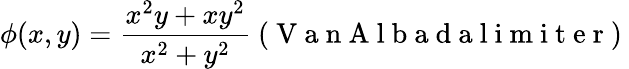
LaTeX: \phi(x,y)=\frac{x^{2}y+xy^{2}}{x^{2}+y^{2}}\mathrm{~(~V~a~n~A~l~b~a~d~a~l~i~m~i~t~e~r~)~}